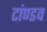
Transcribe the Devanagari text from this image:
टांण्डव